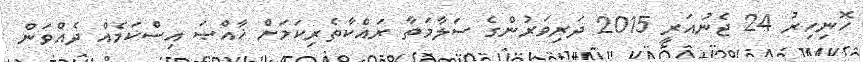
ހޮނިހިރު 24 ޖެނުއަރީ 2015 ދަރިވަރުންގެ ސަލާމަތާ ރައްކާތެރިކަމަށް ޚާއްޞަ އިސްކަމެއް ދެއްވަން